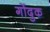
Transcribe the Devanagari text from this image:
गोंदुक